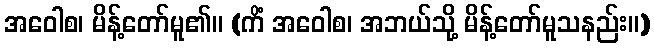
အဝေါစ၊ မိန့်တော်မူ၏။ (ကိံ အဝေါစ၊ အဘယ်သို့ မိန့်တော်မူသနည်း။)